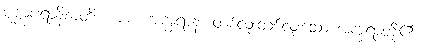
ပုဗ္ဗာပရာနိစာတိ၊ ကား။ အက္ခရာနံ၊ တစ်လုံးတစ်လုံးသော အက္ခရာတို့၏။